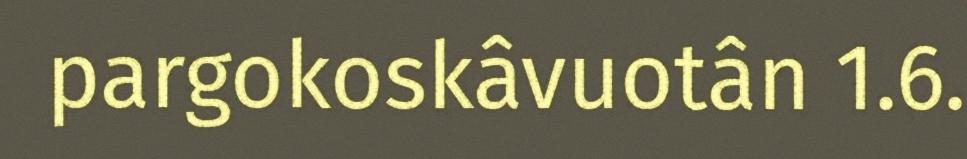
pargokoskâvuotân 1.6.